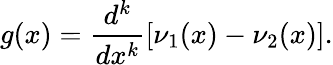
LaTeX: g(x)=\frac{d^{k}}{dx^{k}}[\nu_{1}(x)-\nu_{2}(x)].